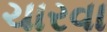
ચારવા